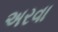
અરવા